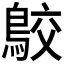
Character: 𪁉